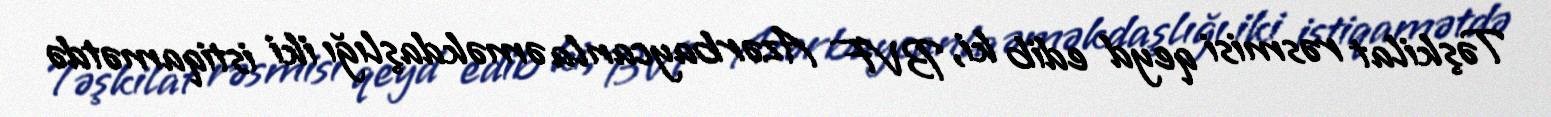
Təşkilat rəsmisi qeyd edib ki, BVF Azərbaycanla əməkdaşlığı iki istiqamətdə